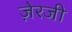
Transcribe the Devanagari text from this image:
ज़ेरजी